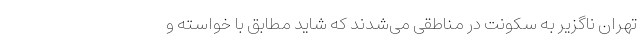
تهران ناگزیر به سکونت در مناطقی می‌شدند که شاید مطابق با خواسته و